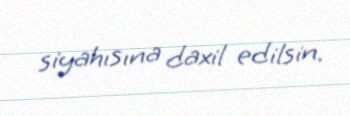
siyahısına daxil edilsin.